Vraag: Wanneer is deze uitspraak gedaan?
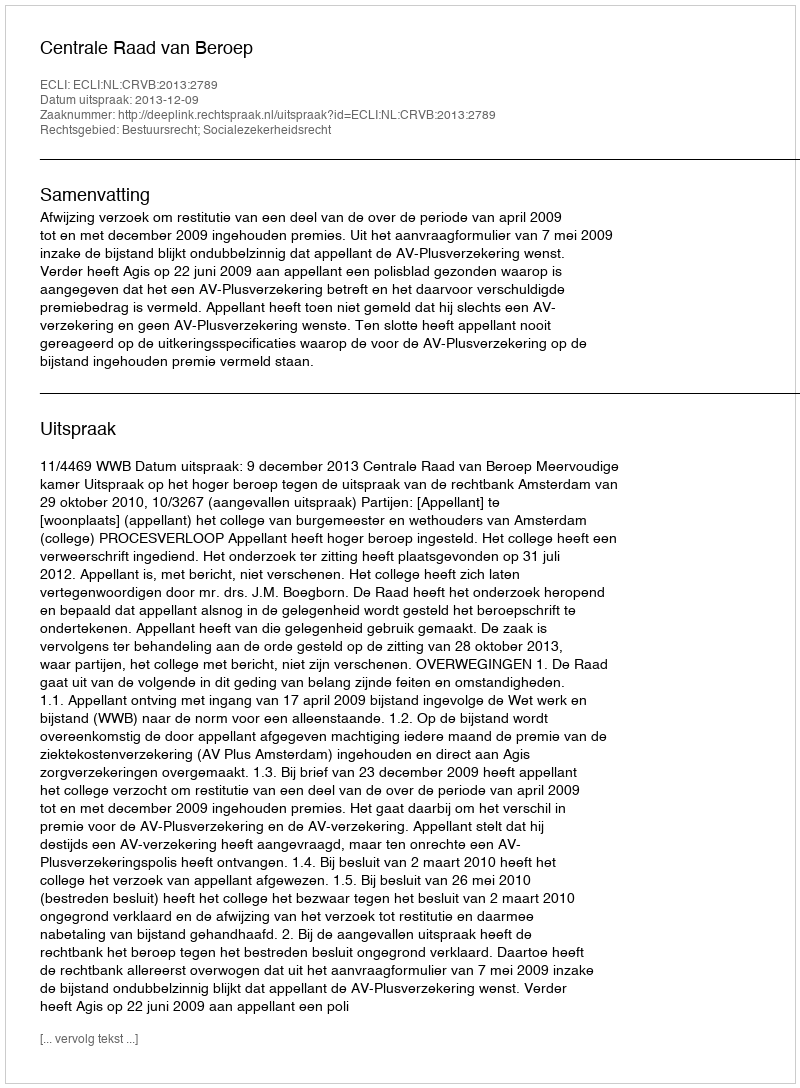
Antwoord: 2013-12-09